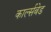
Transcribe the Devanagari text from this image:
कार्ल्सबेड